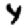
Digit: 4